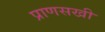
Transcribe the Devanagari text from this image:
प्राणसखी